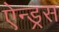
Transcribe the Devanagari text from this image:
ऐन्ड्रस